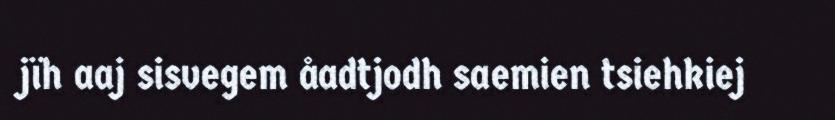
jïh aaj sisvegem åadtjodh saemien tsiehkiej